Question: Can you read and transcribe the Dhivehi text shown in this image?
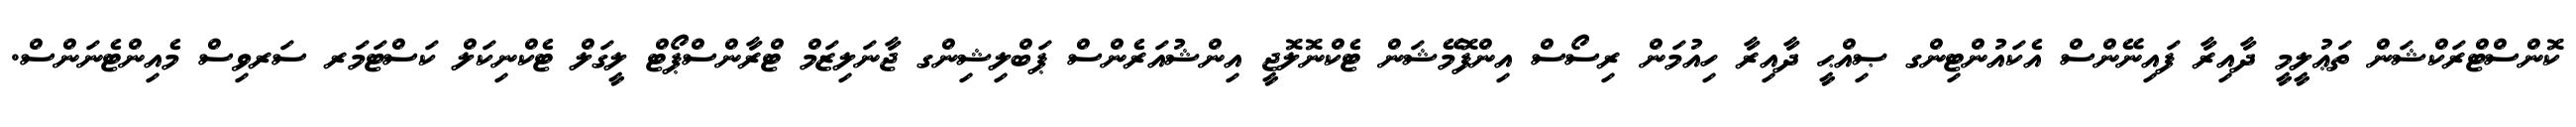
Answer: ކޮންސްޓްރަކްޝަން ތަޢުލީމީ ދާއިރާ ފައިނޭންސް އެކައުންޓިންގ ޞިއްޙީ ދާއިރާ ހިއުމަން ރިސޯސް އިންފޮމޭޝަން ޓެކްނޮލޮޖީ އިންޝުއަރެންސް ޕަބްލިޝިންގ ޖާނަލިޒަމް ޓްރާންސްޕޯޓް ލީގަލް ޓެކްނިކަލް ކަސްޓަމަރ ސަރވިސް މެއިންޓެނަންސް.